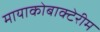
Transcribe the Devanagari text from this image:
मायाकोबाक्टेरीम